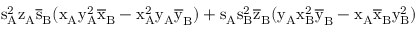
\mathrm { s _ { A } ^ { 2 } \mathrm { z _ { A } \mathrm { \overline { { s } } _ { B } ( \mathrm { x _ { A } \mathrm { y _ { A } ^ { 2 } \mathrm { \overline { { x } } _ { B } - \mathrm { x _ { A } ^ { 2 } \mathrm { y _ { A } \mathrm { \overline { { y } } _ { B } ) + \mathrm { s _ { A } \mathrm { s _ { B } ^ { 2 } \mathrm { \overline { { z } } _ { B } ( \mathrm { y _ { A } \mathrm { x _ { B } ^ { 2 } \mathrm { \overline { { y } } _ { B } - \mathrm { x _ { A } \mathrm { \overline { { x } } _ { B } \mathrm { y _ { B } ^ { 2 } ) } } } } } } } } } } } } } } } } } }